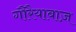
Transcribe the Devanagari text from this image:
गौरैयाबाज़